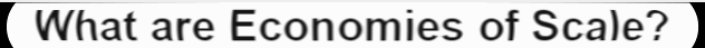
What are Economies of Scale?